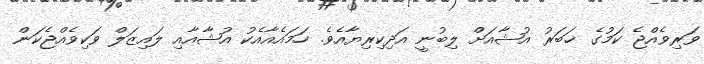
ވަރިވެއްޖެ ކަމުގެ ޚަބަރު އުޝާއަށް ލިބުނީ އަދިކިރިޔާއެވެ. ހަމައެއާއެކު އުޝާއާއި ލައިޒަލް ވަކިވެއްޖެކަން